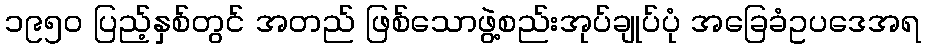
၁၉၅၀ ပြည့်နှစ်တွင် အတည် ဖြစ်သောဖွဲ့စည်းအုပ်ချုပ်ပုံ အခြေခံဥပဒေအရ